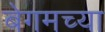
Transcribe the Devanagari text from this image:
बेगमच्या